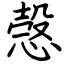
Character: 愨